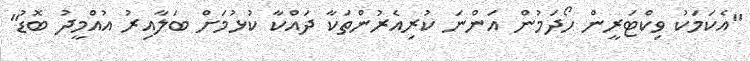
"އެކަމަކު ވިކްޓަރީން ހޯދަމުން އަންނަ ކުރިއެރުންތަކާ ދައްކާ ކުޅުމަށް ބަލާއިރު އުއްމީދު ބޮޑު"